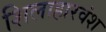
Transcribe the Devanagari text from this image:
शिलाहारवंश